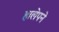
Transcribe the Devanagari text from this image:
हालेपने